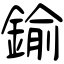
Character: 鍮